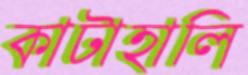
কাটাহালি